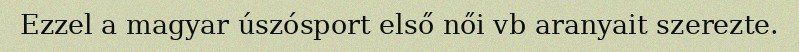
Ezzel a magyar úszósport első női vb aranyait szerezte.